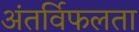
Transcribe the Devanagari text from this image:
अंतर्विफलता